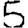
Digit: 5